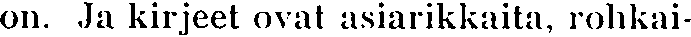
on. Ja kirjeet ovat asiarikkaita, rohkai-